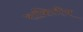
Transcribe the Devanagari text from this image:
राकिटीच